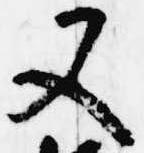
又